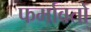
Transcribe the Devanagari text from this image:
फर्मावतो